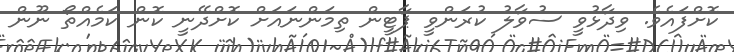
ކޮށްފައެވެ. ވިދާޅުވީ ސުވާލު ކުރަންވީ ޕާޓީން ތިމަންނައަށް ކޮށްދޭނީ ކޮން ކަމެއްތޯ ނޫން